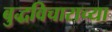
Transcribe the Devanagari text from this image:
बुद्धविचाराच्या